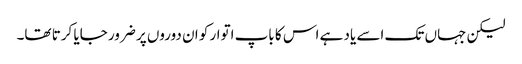
لیکن جہاں تک اسے یاد ہے اس کا باپ اتوار کو ان دوروں پر ضرور جایا کرتا تھا۔